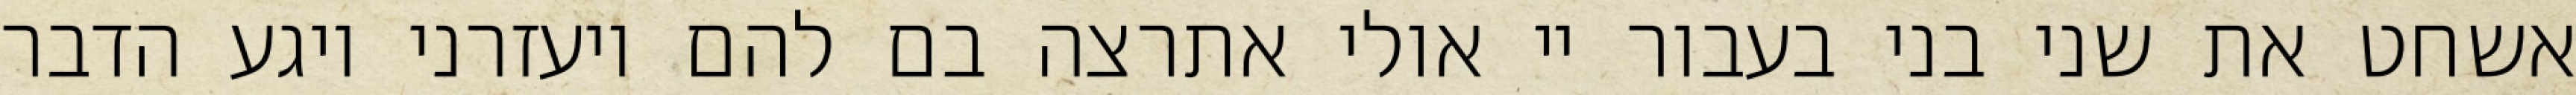
אשחט את שני בני בעבור יי אולי אתרצה בם להם ויעזרני ויגע הדבר